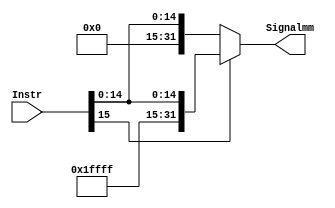
module SignExtend (
    input  [15:0]Instr,
    output [31:0]Signalmm
);
assign Signalmm=Instr[15] ? {16'b1111111111111111,Instr}: {15'b0,Instr};
endmodule